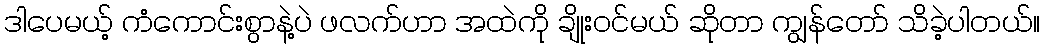
ဒါပေမယ့် ကံကောင်းစွာနဲ့ပဲ ဖလက်ဟာ အထဲကို ချိုးဝင်မယ် ဆိုတာ ကျွန်တော် သိခဲ့ပါတယ်။